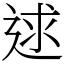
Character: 逑